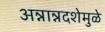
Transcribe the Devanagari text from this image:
अन्नान्नदशेमुळे